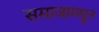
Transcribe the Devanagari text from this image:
समाजामधून